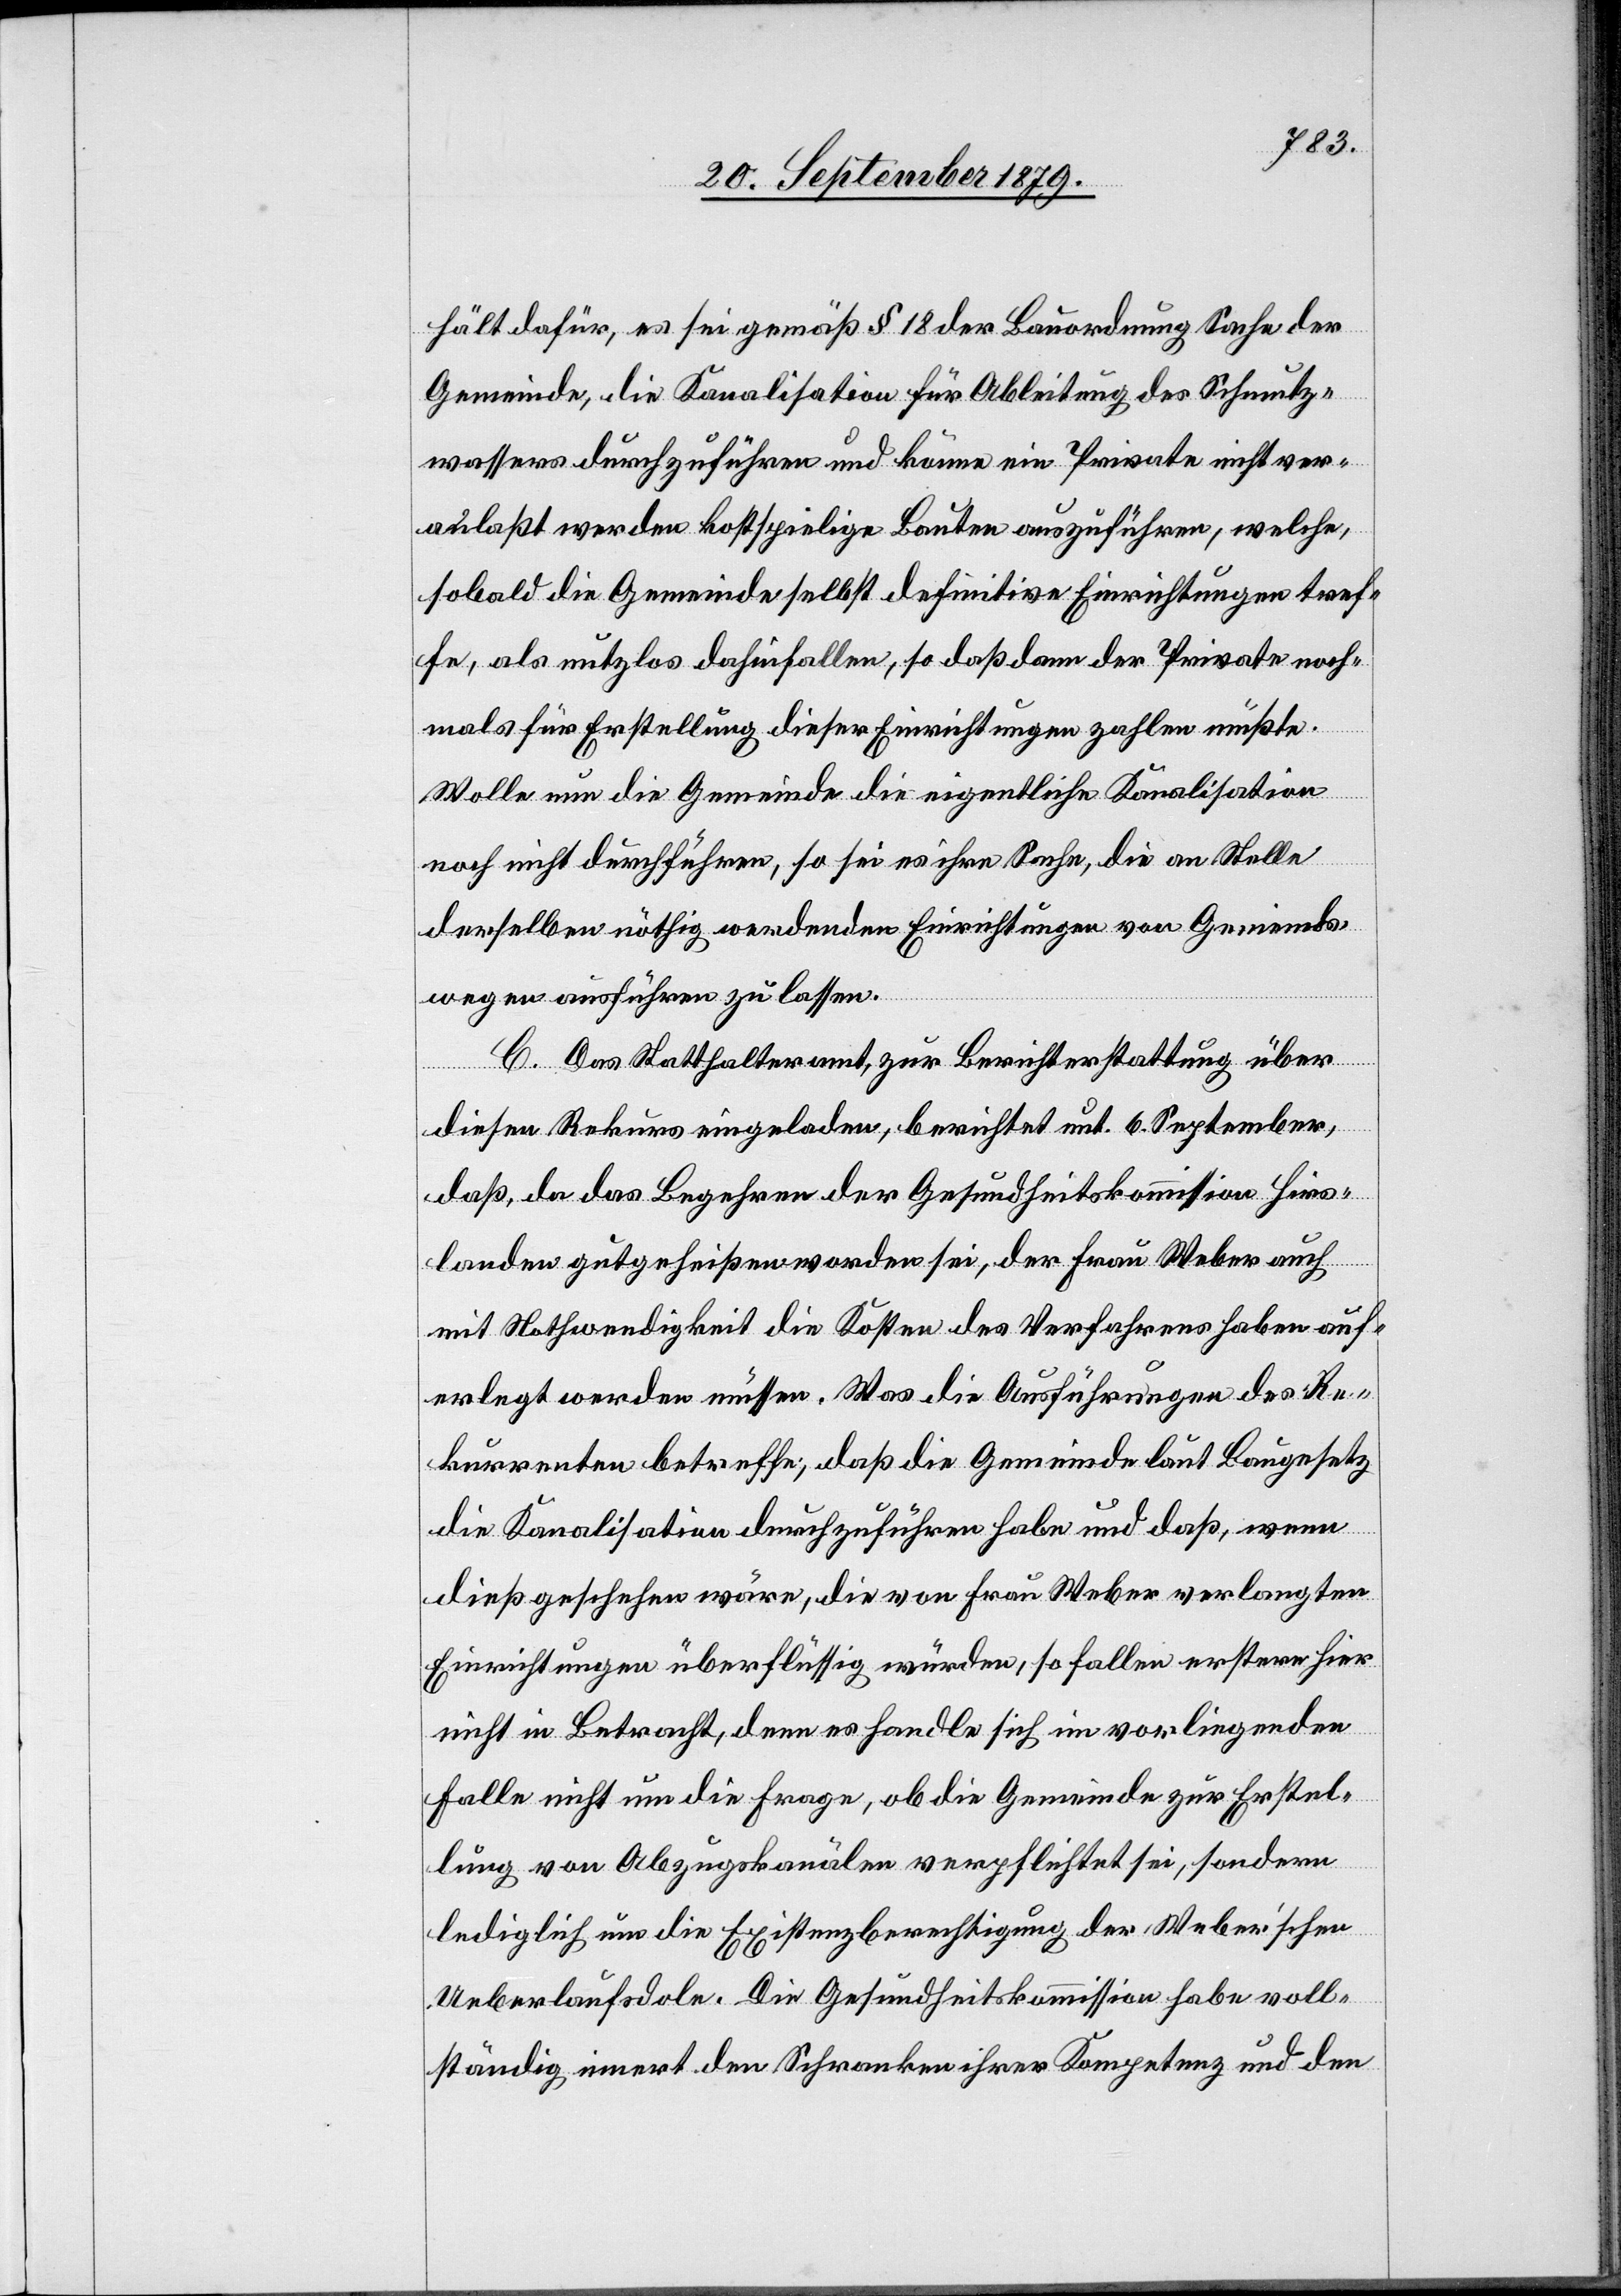
hält dafür, es sei gemäß § 18 der Bauordnung Sache der
Gemeinde, die Kanalisation für Ableitung des Schmutz¬
wassers durchzuführen und könne ein Private nicht ver¬
anlaßt werden kostspielige Bauten auszuführen, welche,
sobald die Gemeinde selbst definitive Einrichtungen tref¬
fe, als nutzlos dahinfallen, so daß dann der Private noch¬
mals für Erstellung dieser Einrichtungen zahlen müßte.
Wolle nun die Gemeinde die eigentliche Kanalisation
noch nicht durchführen, so sei es ihre Sache, die an Stelle
derselben nöthig werdenden Einrichtungen von Gemeinds¬
wegen ausführen zu lassen.
C. Das Statthalteramt, zur Berichterstattung über
diesen Rekurs eingeladen, berichtet unt. 6. September,
daß, da das Begehren der Gesundheitskommission Hirs¬
landen gutgeheißen worden sei, der Frau Weber auch
mit Nothwendigkeit die Kosten des Verfahrens haben auf¬
erlegt werden müssen. Was die Ausführungen des Re¬
kurrenten betreffe, daß die Gemeinde laut Baugesetz
die Kanalisation durchzuführen habe und daß, wenn
dieß geschehen wäre, die von Frau Weber verlangten
Einrichtungen überflüssig würden, so fallen erstere hier
nicht in Betracht, denn es handle sich im vorliegenden
Falle nicht um die Frage, ob die Gemeinde zur Erstel¬
lung von Abzugskanälen verpflichtet sei, sondern
lediglich um die Existenzberechtigung der Weber’schen
Ueberlaufsdole. Die Gesundheitskommission habe voll¬
ständig innert den Schranken ihrer Kompetenz und den